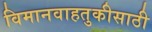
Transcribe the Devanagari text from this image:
विमानवाहतुकीसाठी